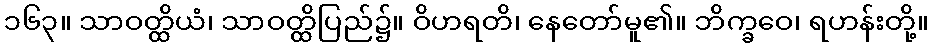
၁၆၃။ သာဝတ္ထိယံ၊ သာဝတ္ထိပြည်၌။ ဝိဟရတိ၊ နေတော်မူ၏။ ဘိက္ခဝေ၊ ရဟန်းတို့။